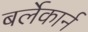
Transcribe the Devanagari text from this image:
बर्लेकार्न